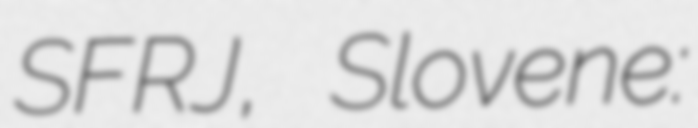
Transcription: SFRJ, Slovene: